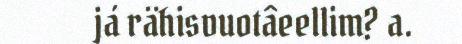
já rähisvuotâeellim? a.